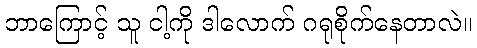
ဘာကြောင့် သူ ငါ့ကို ဒါလောက် ဂရုစိုက်နေတာလဲ။